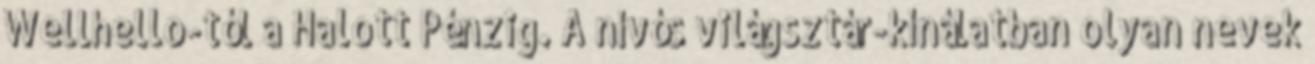
Wellhello-tól a Halott Pénzig. A nívós világsztár-kínálatban olyan nevek